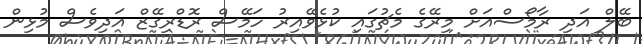
ބޭލް އަދި ރާމޯސްއަށް މިރޭގެ މެޗުގައި ކުޅެވޭއިރު ހަމޭސް ރޮޑްރިގޭޒް އަދިވެސް މުޅިން